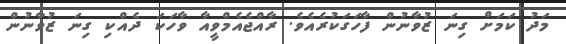
މަދު ކަމަށް ގިނަ ޒުވާނުން ފާހަގަކުރެއެވެ. ރާއްޖެއެމްވީއާ ވާހަކަ ދެއްކި ގިނަ ޒުވާނުން